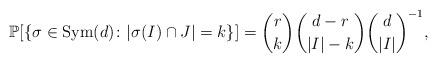
LaTeX: \begin{align*}\mathbb P[\{\sigma\in{\rm Sym}(d)\colon |\sigma(I)\cap J|=k\}]=\binom{r}{k}\binom{d-r}{|I|-k}\binom{d}{|I|}^{-1},\end{align*}